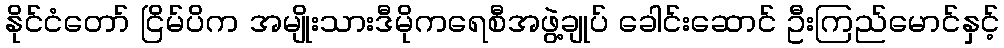
နိုင်ငံတော် ငြိမ်ပိက အမျိုးသားဒီမိုကရေစီအဖွဲ့ချုပ် ခေါင်းဆောင် ဦးကြည်မောင်နှင့်